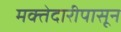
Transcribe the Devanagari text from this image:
मक्तेदारीपासून